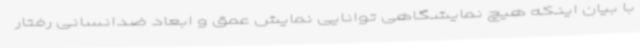
با بیان اینکه هیچ نمایشگاهی توانایی نمایش عمق و ابعاد ضدانسانی رفتار